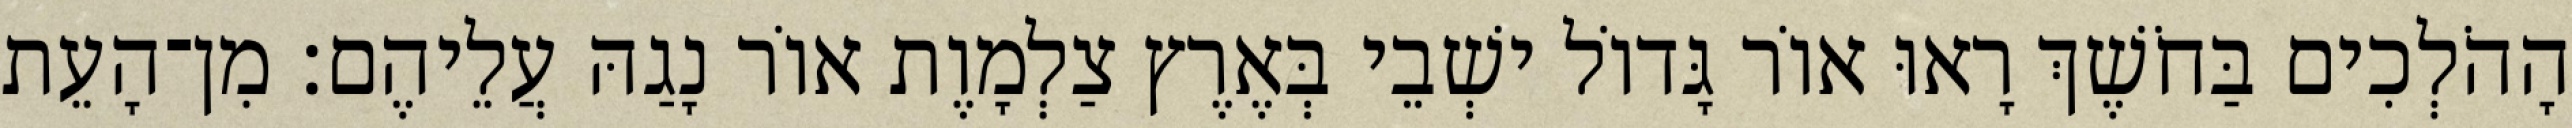
הָהֹלְכִים בַּחֹשֶׁךְ רָאוּ אוֹר גָּדוֹל ישְׁבֵי בְּאֶרֶץ צַלְמָוֶת אוֹר נָגַהּ עֲלֵיהֶם׃ מִן־הָעֵת